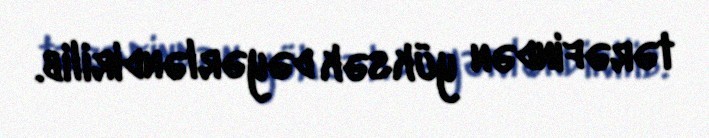
tərəfindən yüksək dəyərləndirilib.